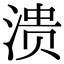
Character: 溃